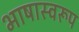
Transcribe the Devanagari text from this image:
भाषास्वरूप